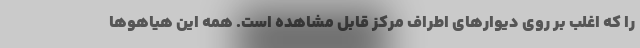
را که اغلب بر روی دیوارهای اطراف مرکز قابل مشاهده است. همه این هیاهوها